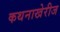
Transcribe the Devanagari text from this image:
कथनाखेरीज